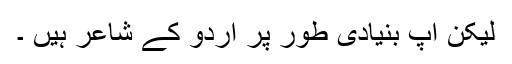
لیکن آپ بنیادی طور پر اردو کے شاعر ہیں ۔